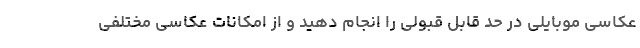
عکاسی موبایلی در حد قابل قبولی را انجام دهید و از امکانات عکاسی مختلفی